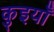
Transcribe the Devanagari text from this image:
कुइयाँ